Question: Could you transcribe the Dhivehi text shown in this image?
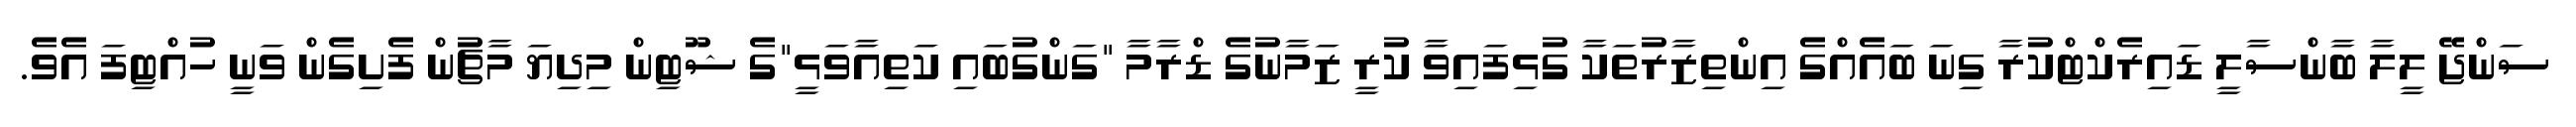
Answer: ސަންޖޭ ލީލާ ބާންސާލީ ޑައިރެކްޓްކުރާ ގިނަ ބައެއްގެ އިންތިޒާރުތަކާ ގުޅިފައިވާ ކުރީ ޒަމާނުގެ ޑްރާމާ "ގަންގުބައި ކަތިއާވަޅީ"ގެ ޝޫޓިން މިދިޔަ މާޗުން ފެށިގެން ވަނީ ހުއްޓިފަ އެވެ.